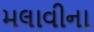
મલાવીના